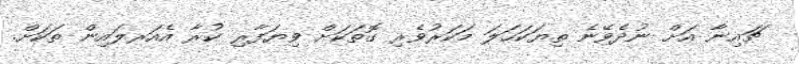
ޗައިނާ އަށް ނުދެވޭނެ ތިޔަކަހަލަ މަކަރުވެރި ގޮތަކަށް ވިޔަފާރި ކުރާ އެއަރލައިން ތަކަށް.